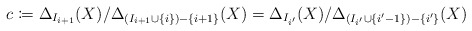
\begin{align*}c \coloneqq \Delta_{I_{i+1}}(X)/\Delta_{(I_{i+1} \cup \{i\}) - \{i+1\}}(X) = \Delta_{I_{i'}}(X)/\Delta_{(I_{i'} \cup \{i'-1\}) - \{i'\}}(X)\end{align*}